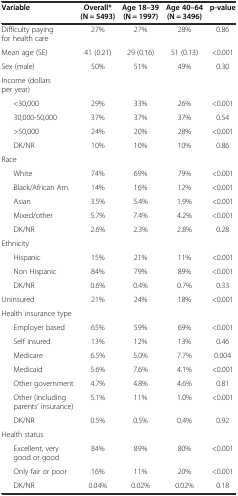
| Variable | Overall* (N = 5493) | Age 18–39 (N = 1997) | Age 40–64 (N = 3496) | p-value |
 | --- | --- | --- | --- | --- |
 | Difficulty paying for health care | 27% | 27% | 28% | 0.86 |
 | Mean age (SE) | 41 (0.21) | 29 (0.16) | 51 (0.13) | <0.001 |
 | Sex (male) | 50% | 51% | 49% | 0.30 |
 | Income (dollars per year) |  |  |  |  |
 | <30,000 | 29% | 33% | 26% | <0.001 |
 | 30,000-50,000 | 37% | 37% | 37% | 0.54 |
 | >50,000 | 24% | 20% | 28% | <0.001 |
 | DK/NR | 10% | 10% | 10% | 0.86 |
 | Race |  |  |  |  |
 | White | 74% | 69% | 79% | <0.001 |
 | Black/African Am. | 14% | 16% | 12% | <0.001 |
 | Asian | 3.5% | 5.4% | 1.9% | <0.001 |
 | Mixed/other | 5.7% | 7.4% | 4.2% | <0.001 |
 | DK/NR | 2.6% | 2.3% | 2.8% | 0.28 |
 | Ethnicity |  |  |  |  |
 | Hispanic | 15% | 21% | 11% | <0.001 |
 | Non Hispanic | 84% | 79% | 89% | <0.001 |
 | DK/NR | 0.6% | 0.4% | 0.7% | 0.33 |
 | Uninsured | 21% | 24% | 18% | <0.001 |
 | Health insurance type |  |  |  |  |
 | Employer based | 65% | 59% | 69% | <0.001 |
 | Self insured | 13% | 12% | 13% | 0.46 |
 | Medicare | 6.5% | 5.0% | 7.7% | 0.004 |
 | Medicaid | 5.6% | 7.6% | 4.1% | <0.001 |
 | Other government | 4.7% | 4.8% | 4.6% | 0.81 |
 | Other (including parents’ insurance) | 5.1% | 11% | 1.0% | <0.001 |
 | DK/NR | 0.5% | 0.5% | 0.4% | 0.92 |
 | Health status |  |  |  |  |
 | Excellent, very good or good | 84% | 89% | 80% | <0.001 |
 | Only fair or poor | 16% | 11% | 20% | <0.001 |
 | DK/NR | 0.04% | 0.02% | 0.02% | 0.18 |